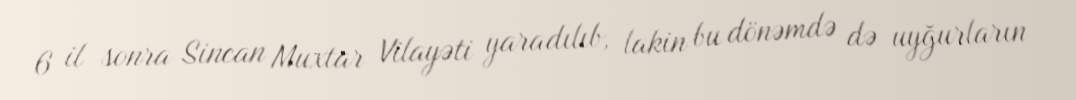
6 il sonra Sincan Muxtar Vilayəti yaradılıb, lakin bu dönəmdə də uyğurların